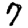
Digit: 7